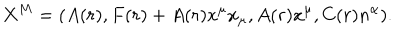
X ^ { M } = \left( A ( r ) , F ( r ) + A ( r ) x ^ { \mu } x _ { \mu } , A ( r ) x ^ { \mu } , C ( r ) n ^ { \alpha } \right) \! .